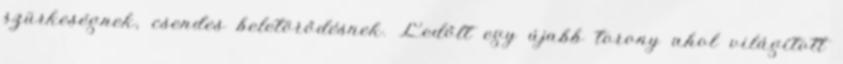
szürkeségnek, csendes beletörődésnek. Ledőlt egy újabb torony ahol világított